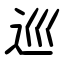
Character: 巡